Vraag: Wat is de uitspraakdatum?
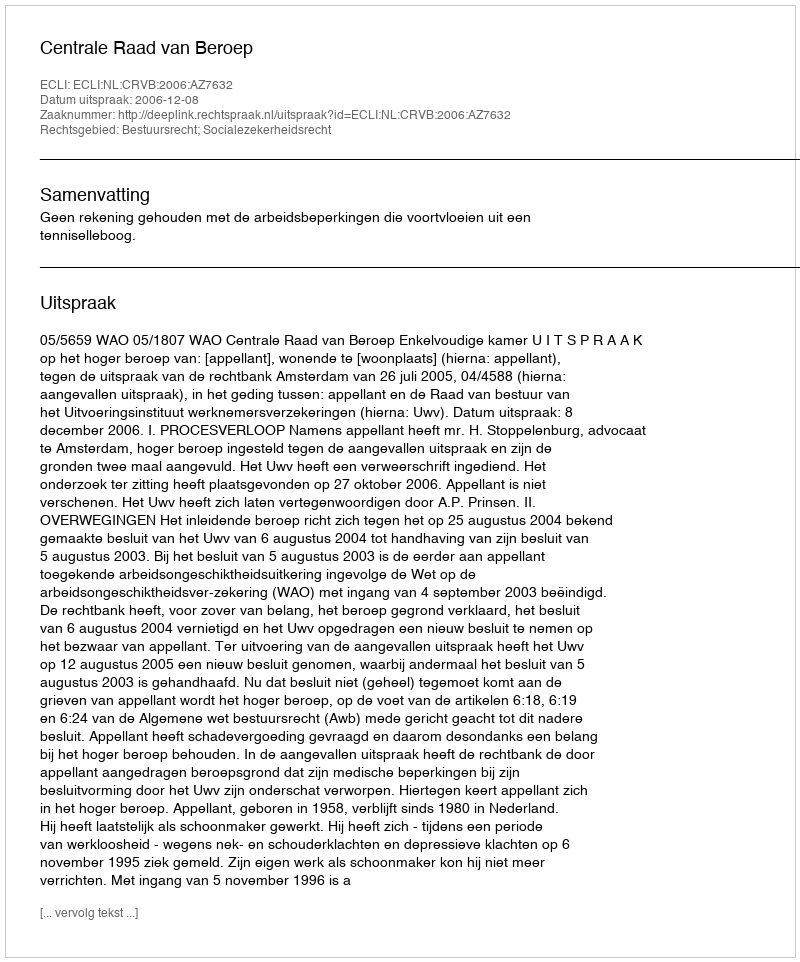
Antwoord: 2006-12-08